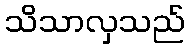
သိသာလှသည်